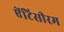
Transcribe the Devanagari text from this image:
ऐंटिसीरम